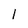
Character: 1